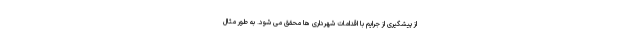
از پیشگیری از جرایم با اقدامات شهرداری ها محقق می شود. به طور مثال